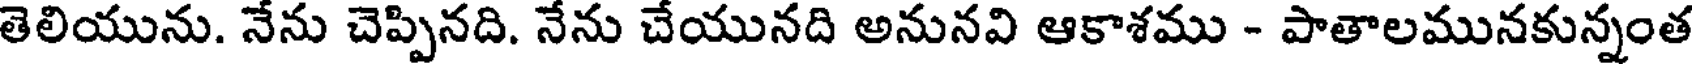
తెలియును. నేను చెప్పినది. నేను చేయునది అనునవి ఆకాశము - పాతాలమునకున్నంత